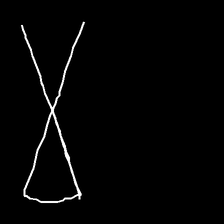
Glyph: collection